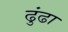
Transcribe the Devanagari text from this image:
ढुंढा